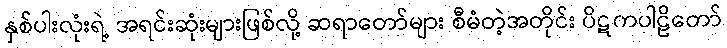
နှစ်ပါးလုံးရဲ့ အရင်းဆုံးများဖြစ်လို့ ဆရာတော်များ စီမံတဲ့အတိုင်း ပိဋကပါဠိတော်